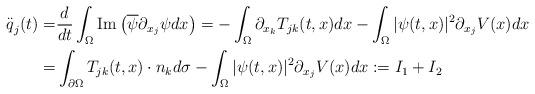
LaTeX: \begin{align*}\overset{..}{q}_{j}(t)=& \frac{d}{dt}\int_{\Omega }\mathrm{Im}\left( \overline{\psi }\partial _{x_{j}}\psi dx\right) =-\int_{\Omega }\partial_{x_{k}}T_{jk}(t,x)dx-\int_{\Omega }|\psi (t,x)|^{2}\partial _{x_{j}}V(x)dx\\=& \int_{\partial \Omega }T_{jk}(t,x)\cdot n_{k}d\sigma -\int_{\Omega }|\psi(t,x)|^{2}\partial _{x_{j}}V(x)dx:=I_{1}+I_{2}\end{align*}